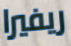
ريفيرا